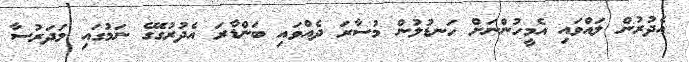
އެދުރުން ލައްވައި އެމީހުންނަށް ހަނޑުލުން މުސާރަ ދެއްވައި ބަންޑާރަ އެދުރުގޭގެ ނަމުގައި މަދަރުސާ